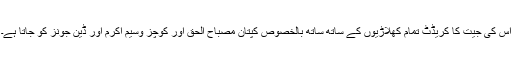
اس کی جیت کا کریڈٹ تمام کھلاڑیوں کے ساتھ ساتھ بالخصوص کپتان مصباح الحق اور کوچز وسیم اکرم اور ڈین جونز کو جاتا ہے۔